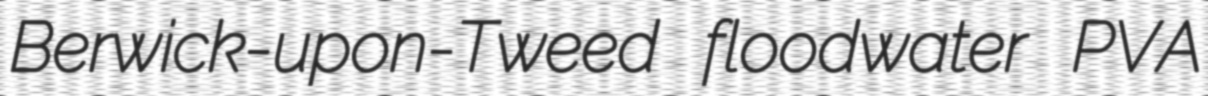
Berwick-upon-Tweed floodwater PVA